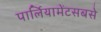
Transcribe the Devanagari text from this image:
पार्लियामेंटसबसे